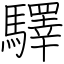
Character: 驛